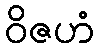
ဝိဇဟံ